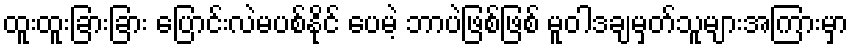
ထူးထူးခြားခြား ပြောင်းလဲမပစ်နိုင် ပေမဲ့ ဘာပဲဖြစ်ဖြစ် မူဝါဒချမှတ်သူများအကြားမှာ